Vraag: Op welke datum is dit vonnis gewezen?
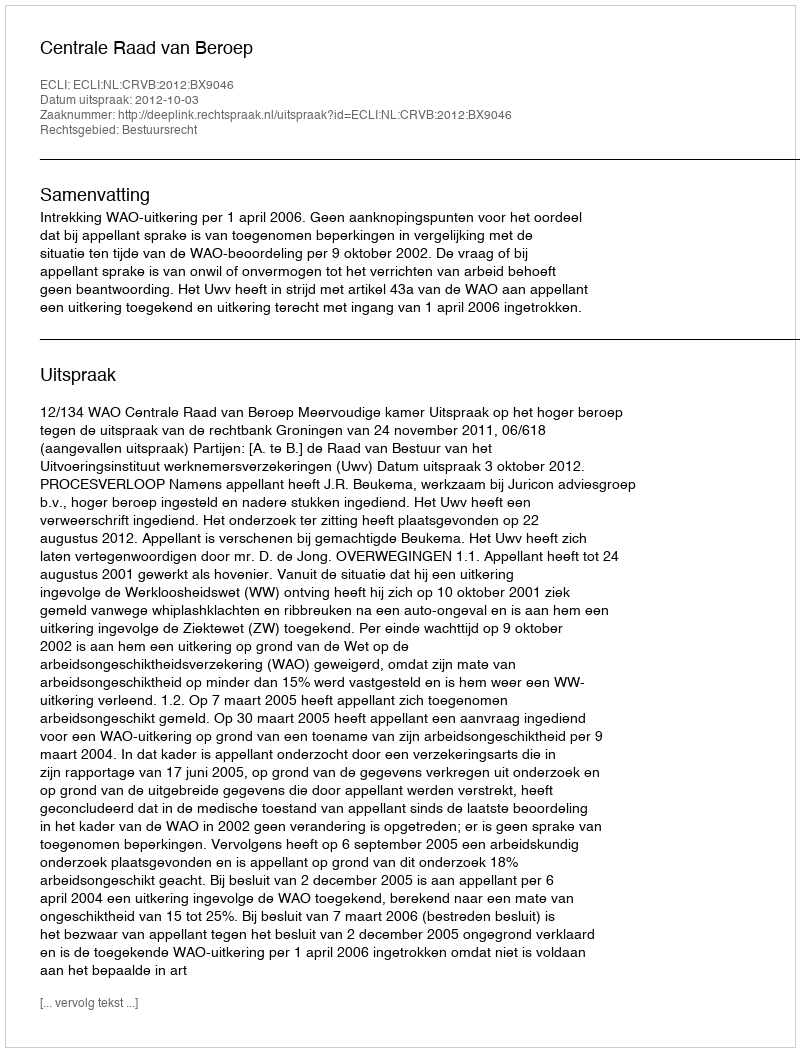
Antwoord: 2012-10-03